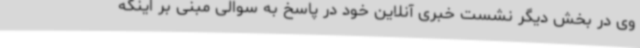
وی در بخش دیگر نشست خبری آنلاین خود در پاسخ به سوالی مبنی بر اینکه